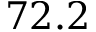
7 2 . 2